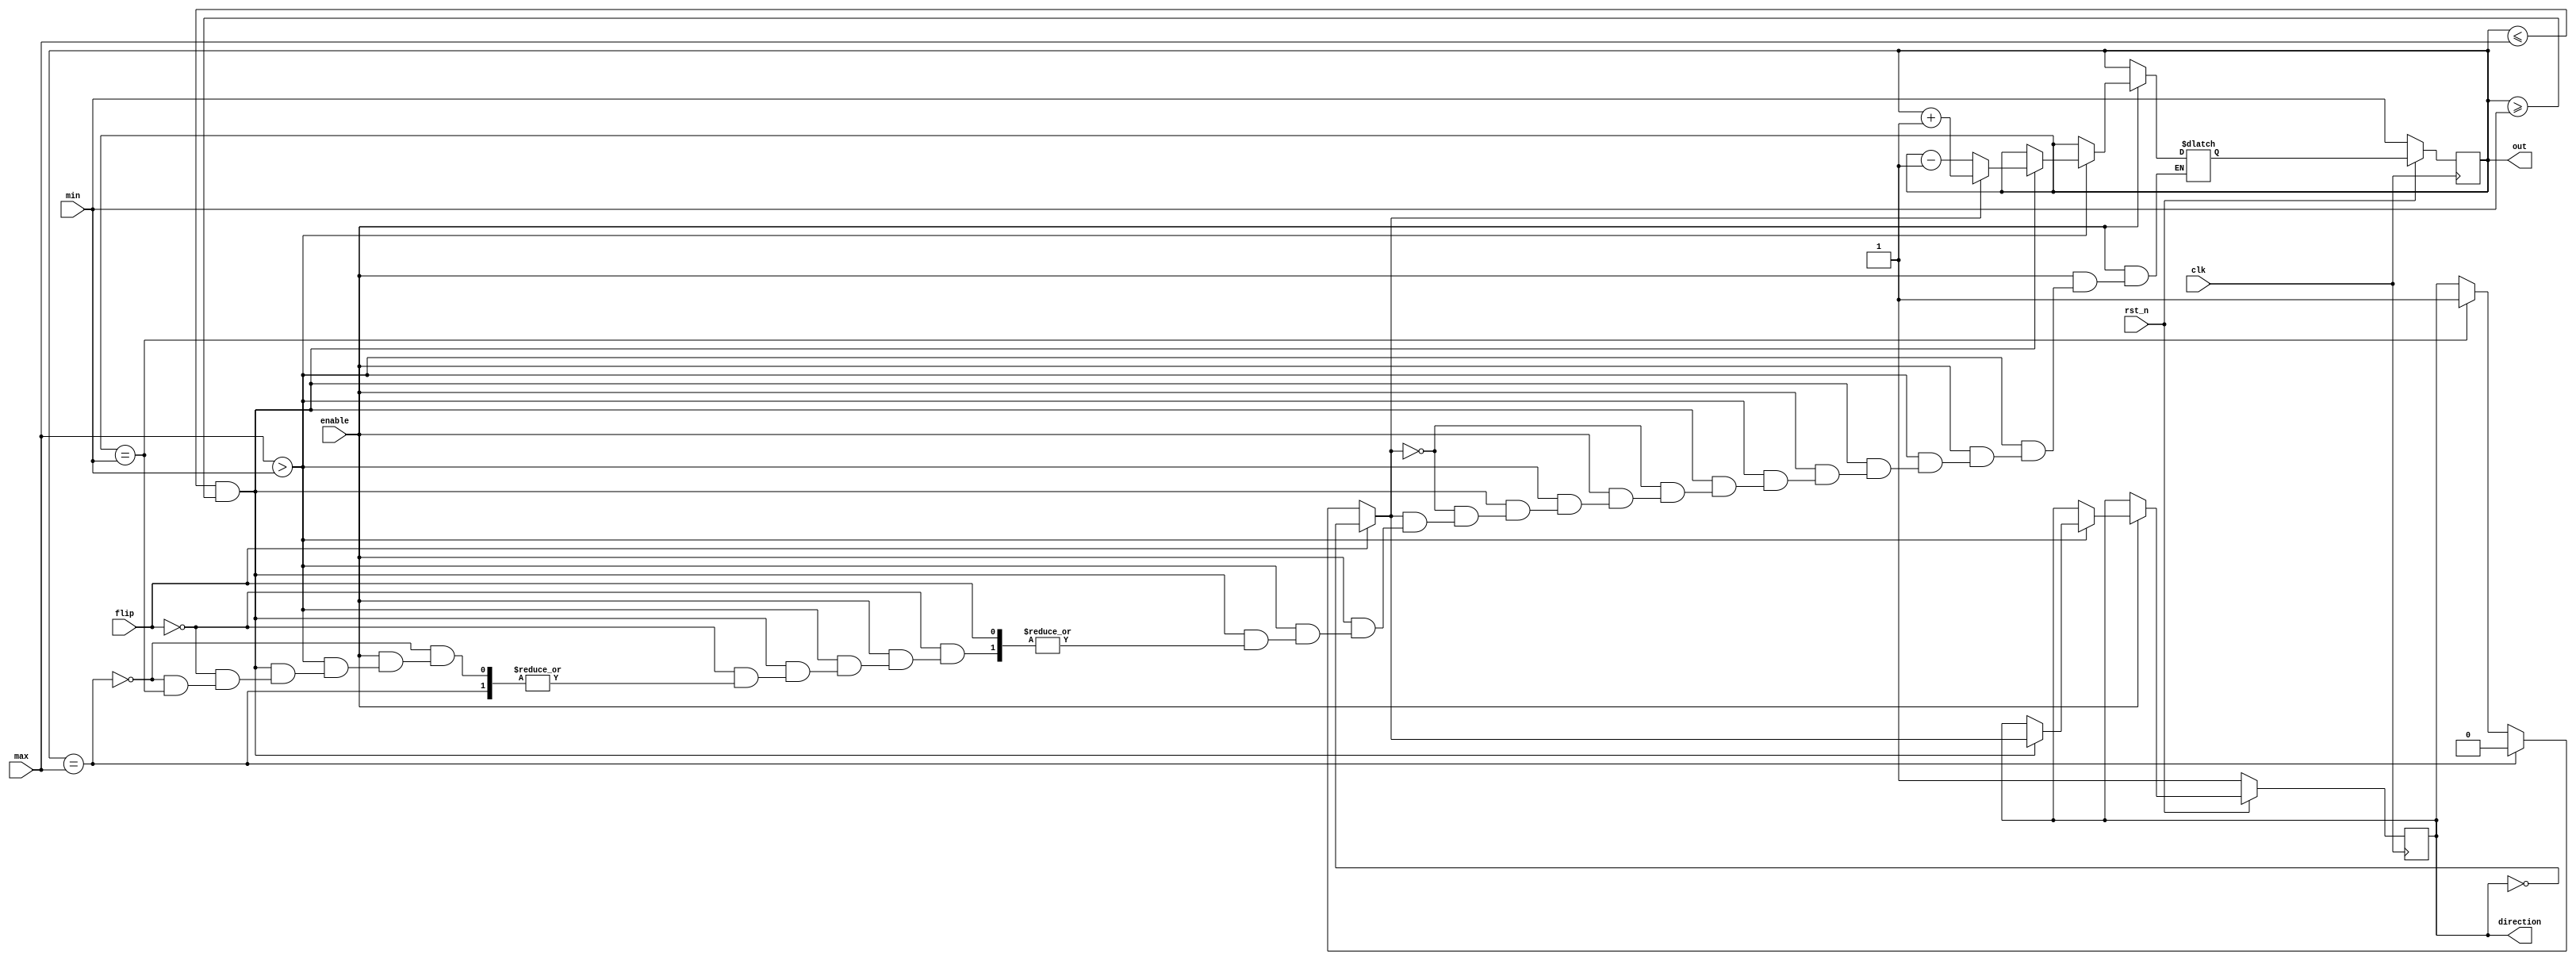
`timescale 1ns/1ps

module Parameterized_Ping_Pong_Counter (clk, rst_n, enable, flip, max, min, direction, out);
input clk, rst_n;
input enable;
input flip;
input [3:0] max;
input [3:0] min;
output direction;
output [3:0] out;
reg [3:0] out, nxt_out;
reg direction, nxt_dir;

// seq
always @(posedge clk)begin
    if(rst_n == 1'b0)begin
        out <= min;
        direction <= 1'b1;
    end
    else begin
        out <= nxt_out;
        direction <= nxt_dir;
    end
end

// enable == 1'b1, counter begins its operation
// comb
always @(*)begin
    if(enable == 1'b1) begin
        if(max > min) begin
            if(out <= max && out >= min) begin
                if(flip == 1'b1) begin
                    nxt_dir = !direction;
                end
                else begin
                    if(out == max)begin
                        nxt_dir = 1'b0;         // declined
                    end
                    else if(out == min)begin
                        nxt_dir = 1'b1;        // increased  
                    end
                    else begin
                        nxt_out = out;
                        nxt_dir = direction;
                    end
                end
                
                if(nxt_dir == 1'b1)begin
                    nxt_out = out + 4'b1;
                end
                else if(nxt_dir == 1'b0)begin
                    nxt_out = out - 4'b1;
                end
                
            end
            else begin
                nxt_out = out;
                nxt_dir = direction;
            end
        end
        else begin
            nxt_out = out;
            nxt_dir = direction;
        end
    end
    else begin
        nxt_out = out;
        nxt_dir = direction;
    end
end

/*
always @(*)begin
    if(enable == 1'b1) begin
            if(max > min) begin
                if(out <= max && out >= min) begin
                    
                end
                else    nxt_out = out;
            end
            else    nxt_out = out;
    end
    else    nxt_out = out;
end
*/
        
endmodule